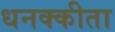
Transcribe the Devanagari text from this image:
धनक्कीता